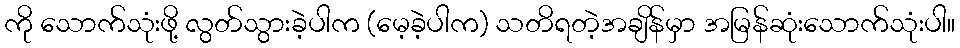
ကို သောက်သုံးဖို့ လွတ်သွားခဲ့ပါက (မေ့ခဲ့ပါက) သတိရတဲ့အချိန်မှာ အမြန်ဆုံးသောက်သုံးပါ။